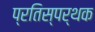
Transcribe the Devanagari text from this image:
प्रतिस्पर्थक